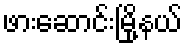
ဖားဆောင်းမြို့နယ်